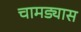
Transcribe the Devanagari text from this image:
चामड्यास